Supplement to the account of plague administration in the Bombay Presidency from September 1896 till May 1897
Year: 1896
Disease focus: Plague
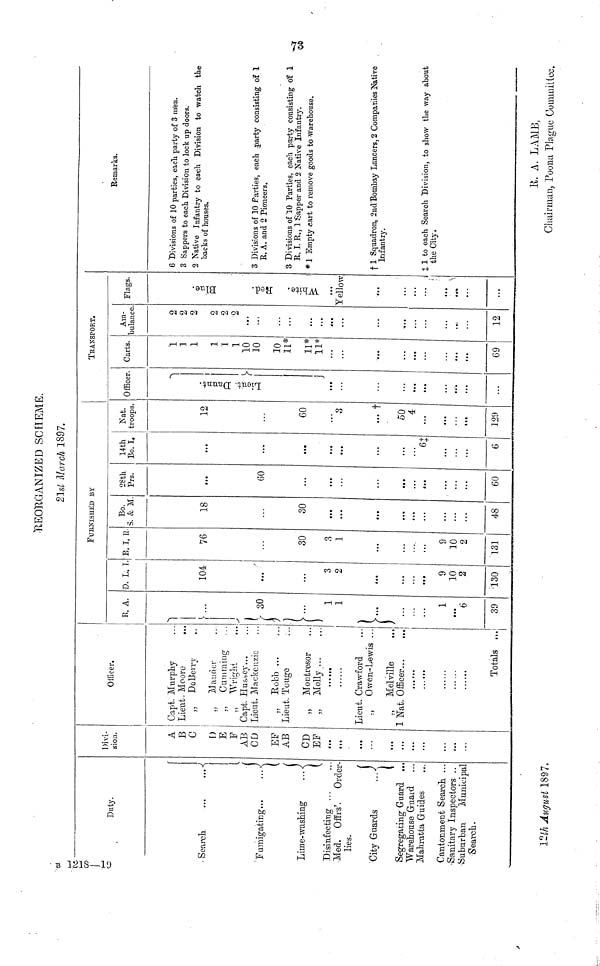
REORGANIZED SCHEME.
21st March 1897.
CO
Duty.
Search.
Fumigating...
Lime- washing
(
Disinfecting ...
Med. Offrs'. Order-
lies.
City Guards
1
Segregating Guard ...
Warehouse Guard
Mahratta Guides
Cantonment Search. ...
•Sanitary Inspectors ..
•Suburban Municipal
Search.
Divi-
sion.
A
B
C
D
E
F
AB
CD
EF
AB
CD
EF
!..
...
...
,,.
...
...
...
. ..
Officer.
Capt. Murphy
Lieut. Moore
...
„ DoBerry
„ Mander
Gumming-
„ Wright
Capt. Hussey
Lieut. Mackenzie
,. Robb ...
Lieut. Touge
„ Montresor
„ Molly
...
Lieut. Crawford
„ Owen-Lewis ...
„ Melville
1 Nat. Officer
... ...
Totals
1
FURNISHED BY
R. A.
L
• 3
(
30
...
1
1
1
...
6
39
D. L. I
104
...
3
2
9
10
2
130
E. T. I
76
30
3
1
9
10
2
131
Bo.
3. & M
18
• • .
30
...
48
28th
Prs.
60
...
...
60
14th
Bo. I.
...
....
»••
...
6+
6
Nat.
troops
12
60
3
... t
50
4
129
TRANSPORT.
Officer.
0
...
...
Carts.
1
1
1
1
1
1
10
10
10
11*
11*
11*
...
69
Am-
bulance
2
2
2
2
2
2
...
...
...
12
Flags.
¿
Yellow
...
Remarks.
6 Divisions of 10 parties, each party of 3 men.
3 Sappers to each Division to lock up doors.
2 Native Infantry to each Division to watch the
hacks of houses.
3 Divisions of 10 Parties, each party consisting of 1
E. A. and 2 Pioneers.
3 Divisions of 10 Parties, each party consisting of 1
R. I. R., 1 Sapper and 2 Native Infantry.
* 1 Empty cart to remove goods to warehouse,
+ 1 Squadron, 2nd Bombay Lancers, 2 Companies Native
Infantry.
+ 1 to each Search Division, to show the way about
the City.
12th August 1897.
K. A. LAMB,
Chairman, Poona Plague Committee..